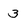
Character: 3